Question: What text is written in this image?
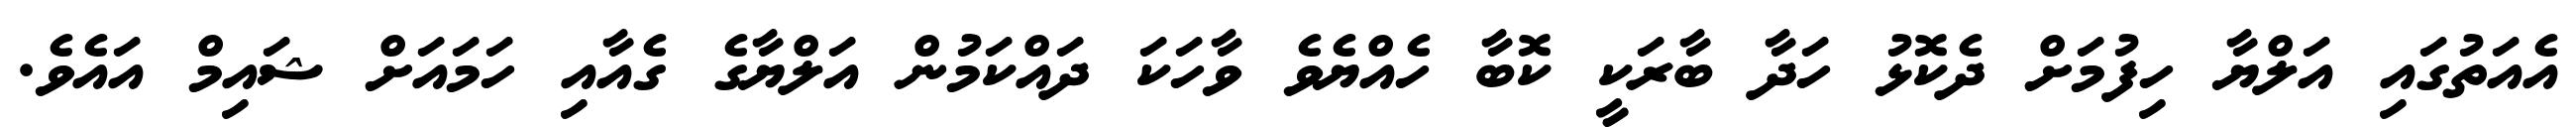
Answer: އެއަތުގައި އަލްޔާ ހިފުމަށް ދެކޮޅު ހަދާ ބާރަކީ ކޮބާ ހެއްޔެވެ ވާހަކަ ދައްކަމުން އަލްޔާގެ ގެއާއި ހަމައަށް ޝައިމް އައެވެ.